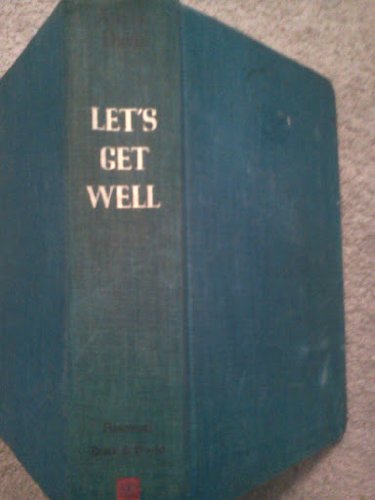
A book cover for Let's Get Well: A Practical Guide to Renewed Health Through Nutrition; Adelle Davis; Medical Books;